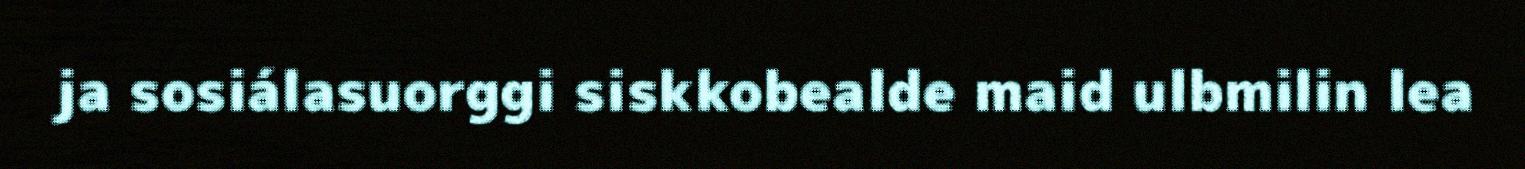
ja sosiálasuorggi siskkobealde maid ulbmilin lea